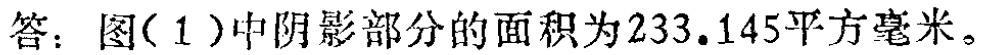
答：图(1)中阴影部分的面积为\(233.145\)平方毫米。